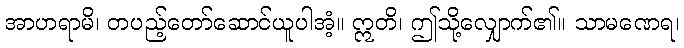
အာဟရာမိ၊ တပည့်တော်ဆောင်ယူပါအံ့။ ဣတိ၊ ဤသို့လျှောက်၏။ သာမဏေရ၊